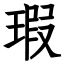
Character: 瑕